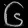
Digit: ၆